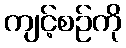
ကျင့်စဉ်ကို